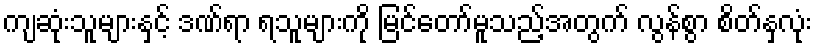
ကျဆုံးသူများနှင့် ဒဏ်ရာ ရသူများကို မြင်တော်မူသည့်အတွက် လွန်စွာ စိတ်နှလုံး